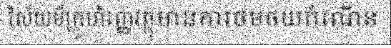
វិស័យមីក្រូហិរញ្ញវត្ថុមានការថមថយកំណើន